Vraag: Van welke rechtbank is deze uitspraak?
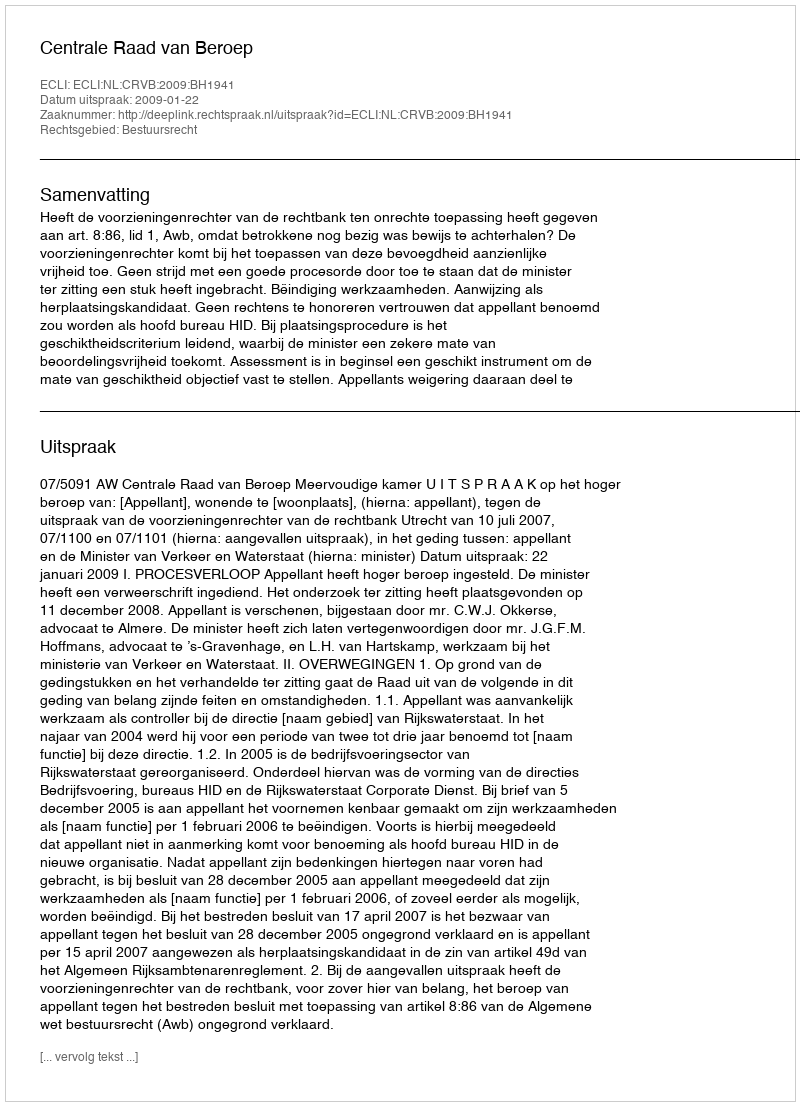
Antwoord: Centrale Raad van Beroep